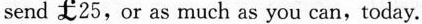
send £25,or as much as you can,today.